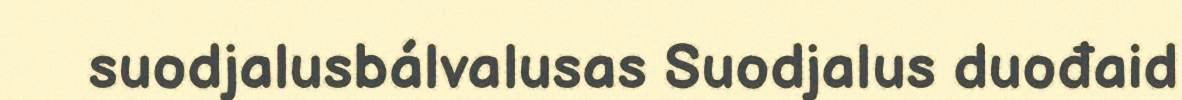
suodjalusbálvalusas Suodjalus duođaid